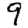
Digit: 9